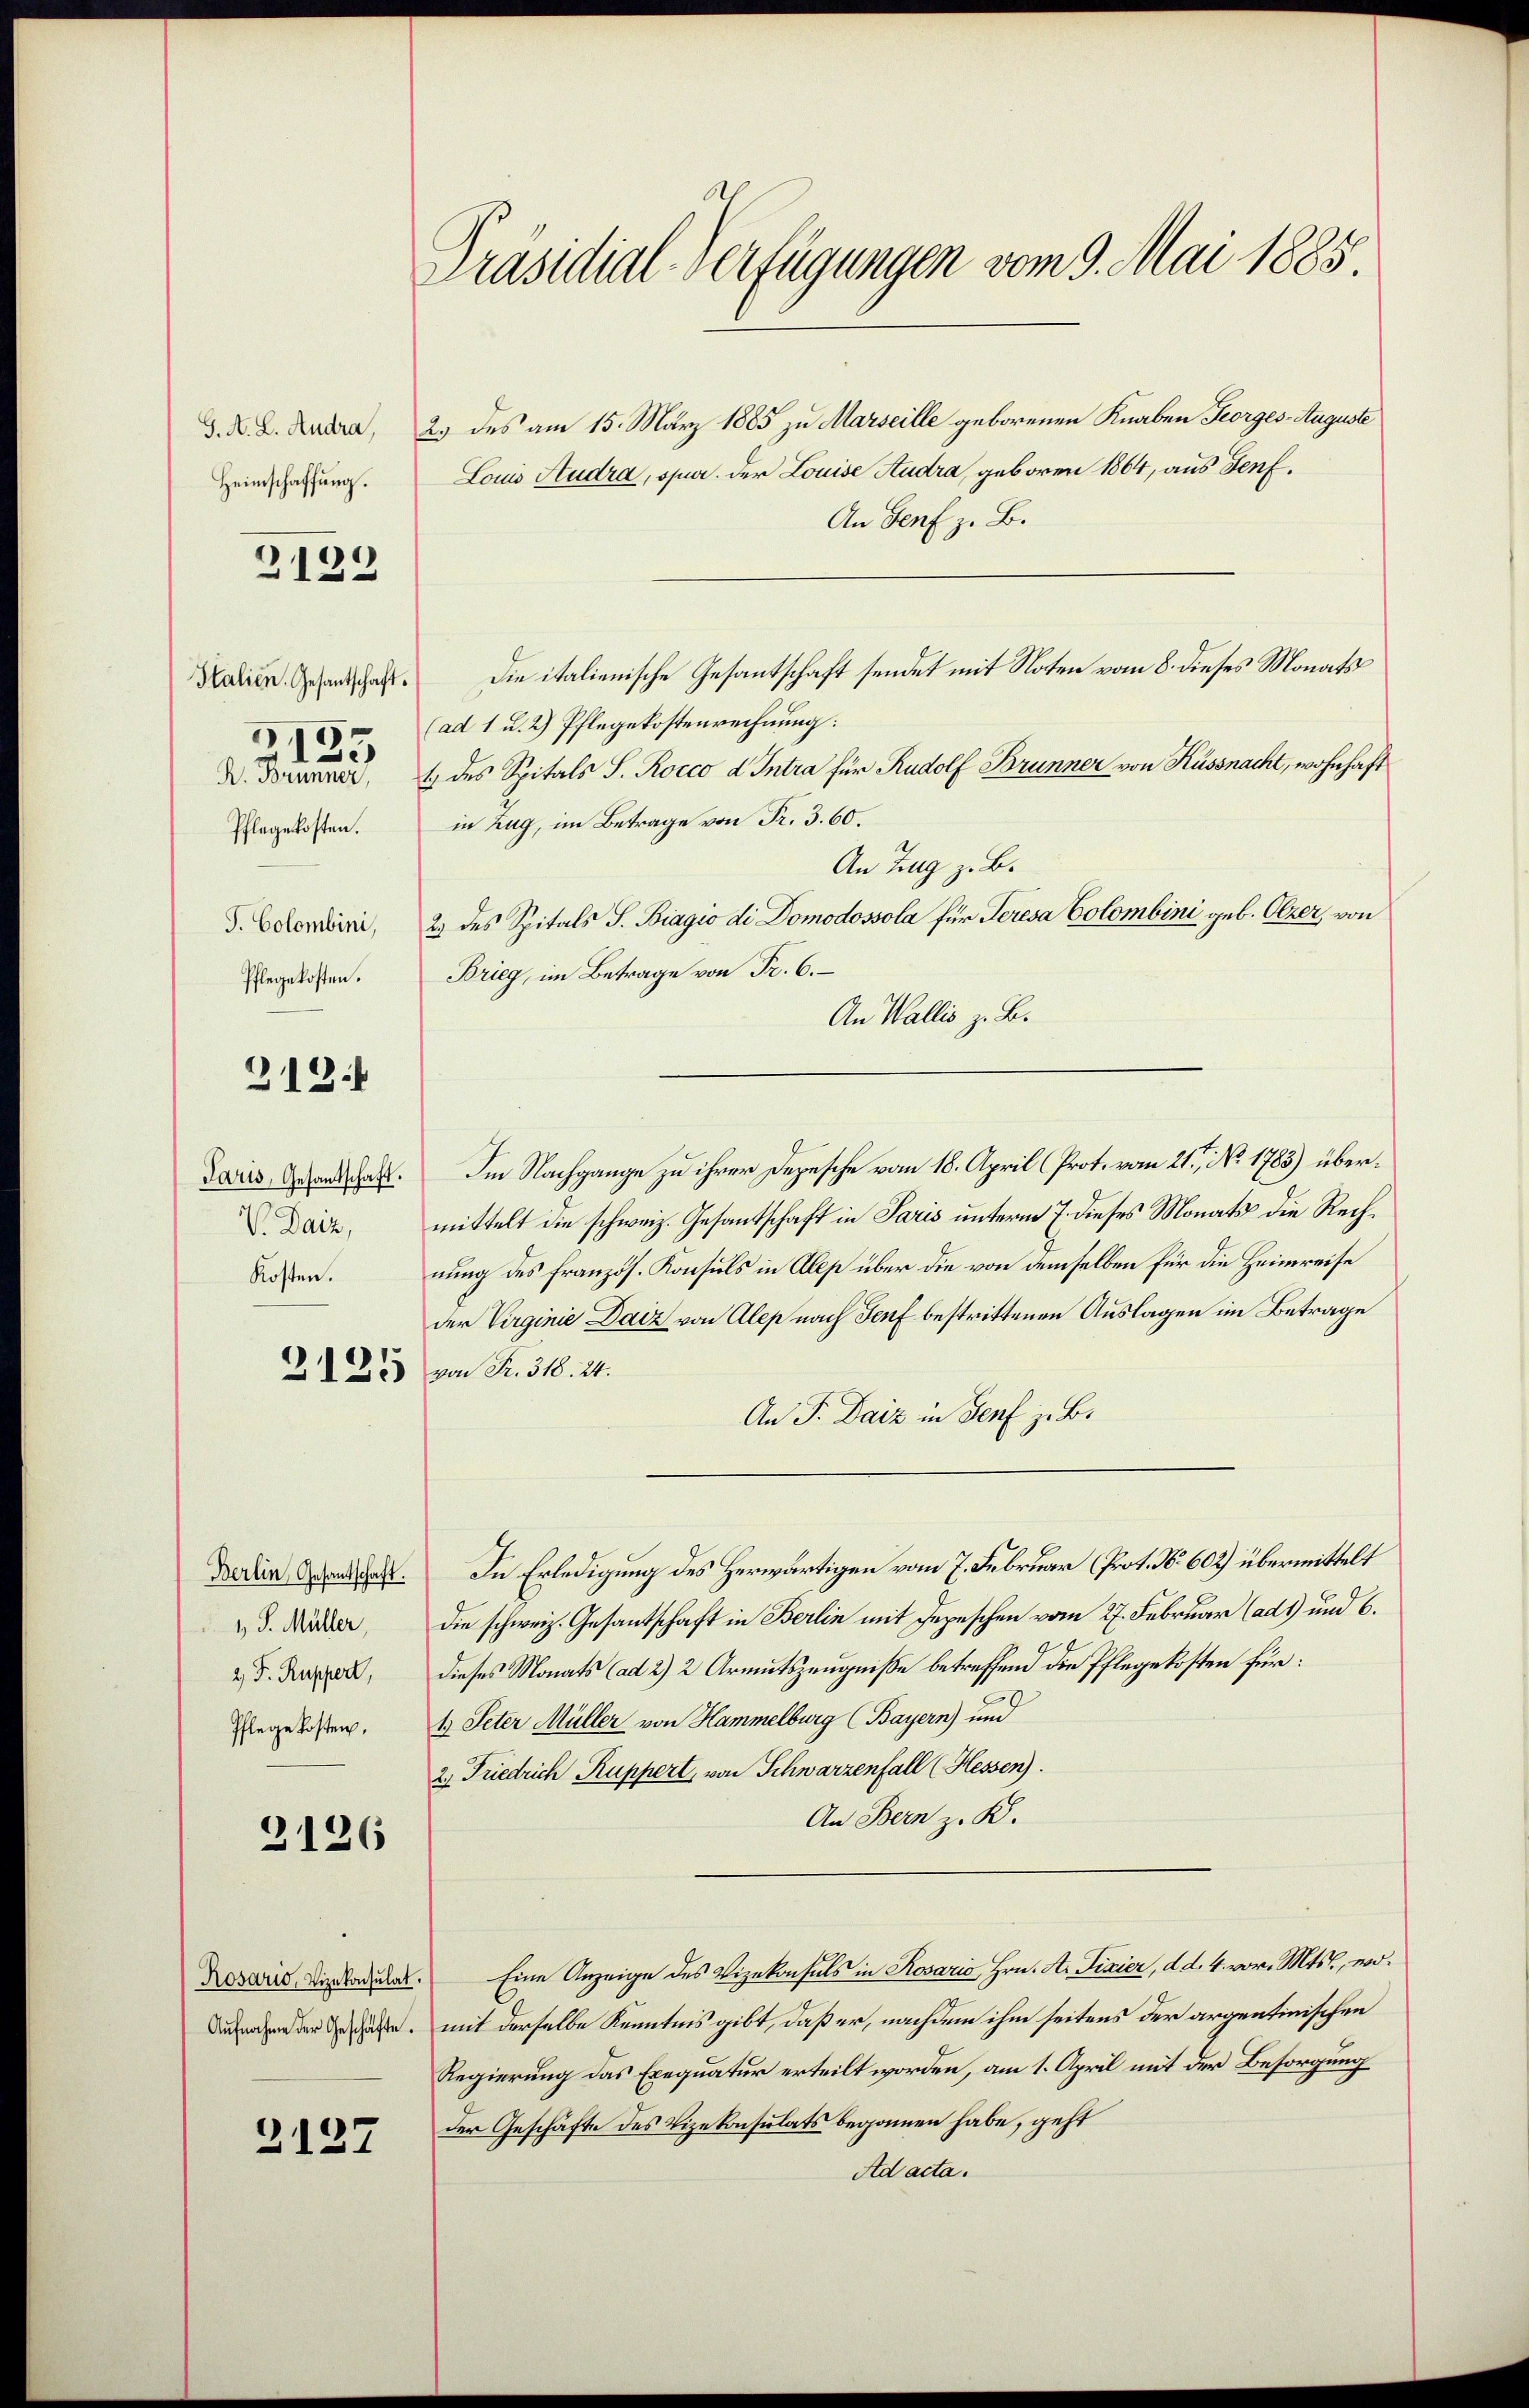
G. A. L. Andra,
Heimschaffung.

3132

Italien. Gesantschaft
R. Brünner,
Pflegekosten.
S. Colombini,
Pflegekosten.

135

212

Paris, Gesandtschaft.
V. Daiz,
Kosten.

3125

Berlin, Gesantschaft.
1 J. Müller,
2 F. Ruppert,
Pflege kosten,

2126

2127

Präsidial-Verfügungen vom 9. Mai 1885.

2. des am 15. März 1885 zu Marseille geborenen Knaben Georges Auguste
Louis Studra, spur. Der Louise Audra, geboren 1864, aus Genf,
An Genf z. B.
Die italienische Gesantschaft sendet mit Noten vom 8. dieses Monats
(ad 1 u. 2) Pflegekostenrechnung:
1 des Spitals S. Rocco d Intra für Rudolf Brunner von Küssnacht, wohnhaft
in Zug, im Betrage von Fr. 3. 60.
An Zug z. B.
2.) des Spitals J. Biagio di Domodossola für Teresa Colombini geb. Olzer, von
Brieg, im Betrage von Fr. 6.
An Wallis z. B.
Im Nachgange zu ihrer Depesche vom 18. April (Prot. vom 21.t No. 1783) übermittelt die schweiz. Gesantschaft in Paris unterm 7. dieses Monats die Rechnung des französ. Konsuls in Alep über die von demselben für die Heimreise
der Virginie Daiz von Alep nach Genf bestrittenen Auslagen im Betrage
von Fr. 318. 24.
An J. Daiz in Genf z. B.
In Erledigung des Herwärtigen vom 7. Februar (Prot. No 602) übermittelt
die schweiz. Gesantschaft in Berlin mit Depeschen vom 27. Februar (ad1) und 6.
dieses Monats (ad 2) 2 Armutszeugniße betreffend die Pflegekosten für:
t Peter Müller von Hammelburg (Bayern) und
2) Friedrich Ruppert, von Schwarzenfall (Hessen).
An Bern z. K.
Roswies, die Stadeln. Eine Anzeige des Vizekonsuls in Rosario, Hrn. A. Fixier, d. d. 4. vor. Mts., wo¬
Diner dersehen, mit derselbe Kenntnis gibt, daß er, nachdem ihm seitens der argentinischen
Regierung das Exequatur erteilt worden, am 1. April mit der Besorgung
der Geschäfte des Vizekonsulats begonnen habe, geht
Ad acta.